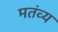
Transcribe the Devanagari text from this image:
मतंव्य